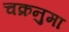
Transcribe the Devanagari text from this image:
चक्रनुमा